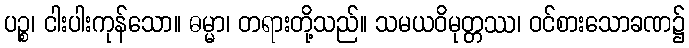
ပဉ္စ၊ ငါးပါးကုန်သော။ ဓမ္မာ၊ တရားတို့သည်။ သမယဝိမုတ္တဿ၊ ဝင်စားသောခဏ၌